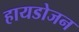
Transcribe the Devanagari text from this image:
हायडोजन